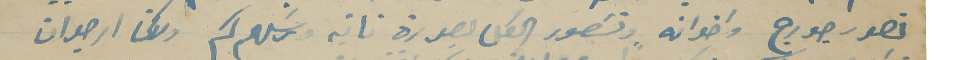
نصور جورج واخوانه ونصَور الكل بصورة تانيه ونرسَلهم لكم ولاكن ارجو ان